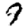
Digit: 9